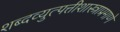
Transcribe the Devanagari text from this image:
शब्दव्युत्पत्तीशास्त्राप्रमाणे